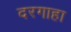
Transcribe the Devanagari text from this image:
दरगाहा